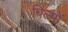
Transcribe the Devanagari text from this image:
पिल्मों